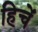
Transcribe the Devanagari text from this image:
हिचें